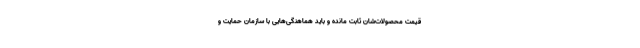
قیمت‌ محصولات‌شان ثابت مانده و باید هماهنگی‌هایی با سازمان حمایت و